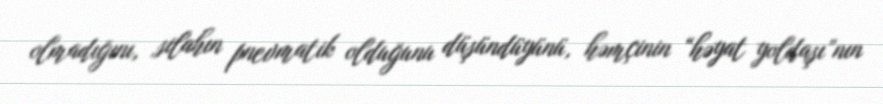
olmadığını, silahın pnevmatik olduğunu düşündüyünü, həmçinin “həyat yoldaşı”nın